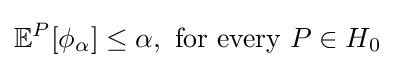
\mathbb {E} ^{P}[\phi _{\alpha }]\leq \alpha ,{\text{ for every }}P\in H_{0}